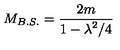
M _ { B . S . } = { \frac { 2 m } { \displaystyle { 1 - { \lambda ^ { 2 } / 4 } } } }